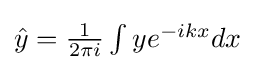
{\textstyle {\hat {y}}={\frac {1}{2\pi i}}\int ye^{-ikx}dx}